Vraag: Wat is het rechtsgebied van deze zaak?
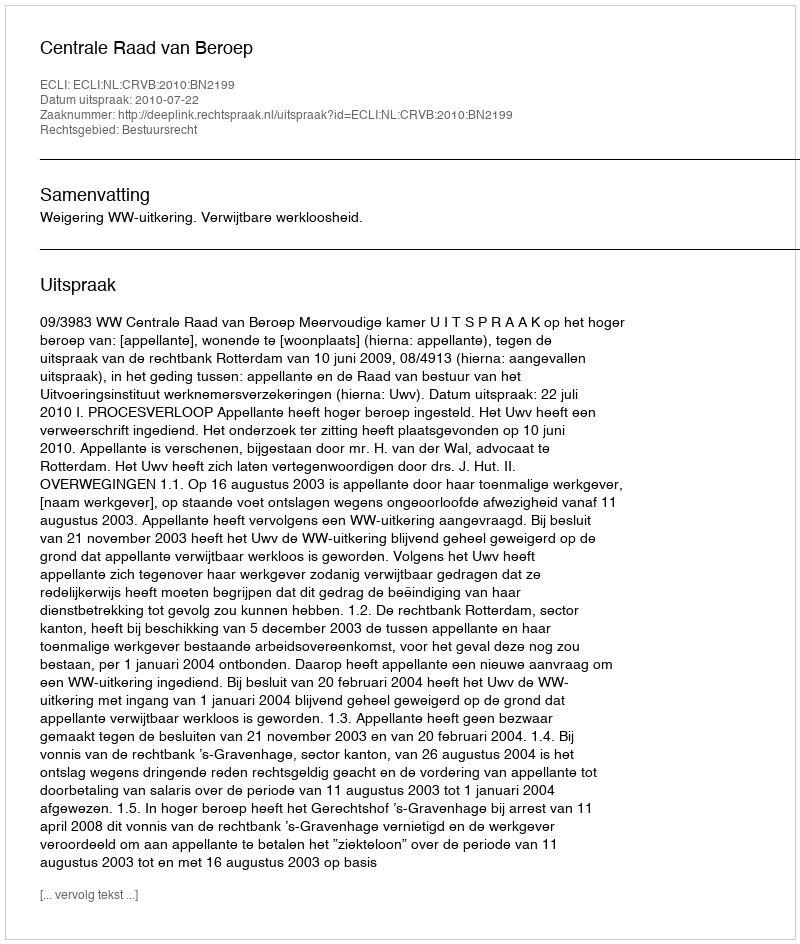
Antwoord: Bestuursrecht